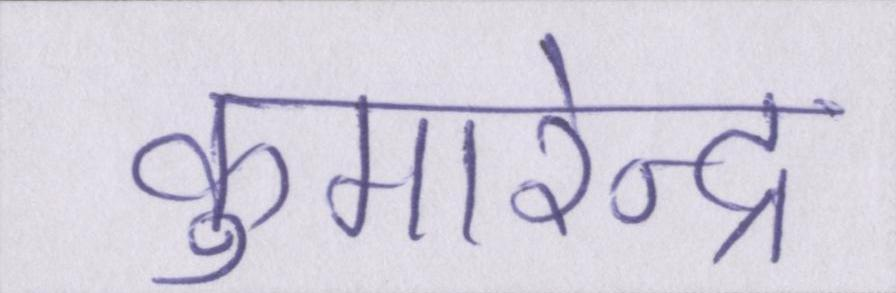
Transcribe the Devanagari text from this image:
कुमारेन्द्र